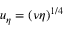
u _ { \eta } = ( \nu \eta ) ^ { 1 / 4 }